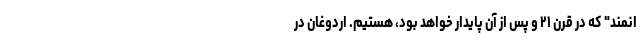
انمند" که در قرن ۲۱ و پس از آن پایدار خواهد بود، هستیم. اردوغان در